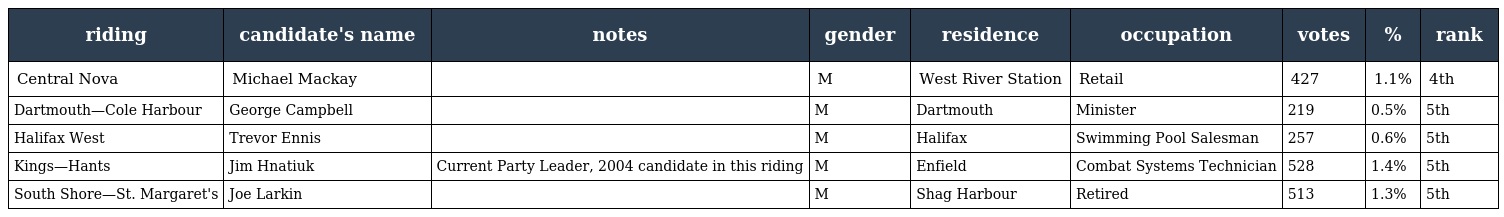
| riding | candidate's name | notes | gender | residence | occupation | votes | % | rank |
 | --- | --- | --- | --- | --- | --- | --- | --- | --- |
 | Central Nova | Michael Mackay |  | M | West River Station | Retail | 427 | 1.1% | 4th |
 | Dartmouth—Cole Harbour | George Campbell |  | M | Dartmouth | Minister | 219 | 0.5% | 5th |
 | Halifax West | Trevor Ennis |  | M | Halifax | Swimming Pool Salesman | 257 | 0.6% | 5th |
 | Kings—Hants | Jim Hnatiuk | Current Party Leader, 2004 candidate in this riding | M | Enfield | Combat Systems Technician | 528 | 1.4% | 5th |
 | South Shore—St. Margaret's | Joe Larkin |  | M | Shag Harbour | Retired | 513 | 1.3% | 5th |